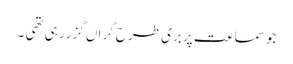
جو سماعت پر بری طرح گراں گزر رہی تھی ۔